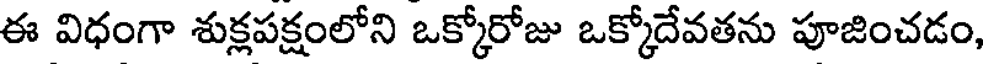
ఈ విధంగా శుక్లపక్షంలోని ఒక్కోరోజు ఒక్కోదేవతను పూజించడం,